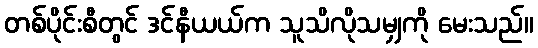
တစ်ပိုင်းစီတွင် ဒင်နီယယ်က သူသိလိုသမျှကို မေးသည်။